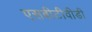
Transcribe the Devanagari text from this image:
एसबीटीवीडी